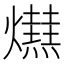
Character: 𤒋